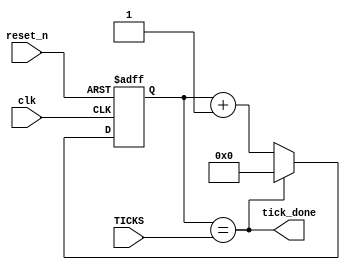
`timescale 1ns / 1ps
//////////////////////////////////////////////////////////////////////////////////
// Company: 
// Engineer: 
// 
// Design Name: 
// Module Name: BRG
// Project Name: 
// Target Devices: 
// Tool Versions: 
// Description: 
// 
// Dependencies: 
// 
// Revision:
// Revision 0.01 - File Created
// Additional Comments:
// 
//////////////////////////////////////////////////////////////////////////////////


module BRG #(parameter BITS = 4) (
    input clk,
    input reset_n,
    input [BITS-1 : 0] TICKS,
    output tick_done
    );
    reg [BITS-1 : 0 ] state_reg, state_next;
    always @(posedge clk , negedge reset_n)
    begin
        if(!reset_n)
            state_reg <= 0;
        else
            state_reg <=state_next;
    end
    
    assign tick_done = ( state_reg == TICKS);
    always @(*)
        begin
            state_next = tick_done ? 'b0 : state_reg +1 ;
        end
endmodule